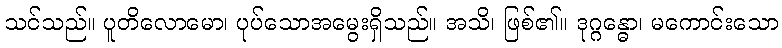
သင်သည်။ ပူတိလောမော၊ ပုပ်သောအမွေးရှိသည်။ အသိ၊ ဖြစ်၏။ ဒုဂ္ဂန္ဓော၊ မကောင်းသော